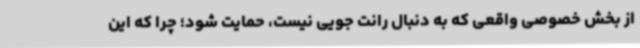
از بخش خصوصی واقعی که به دنبال رانت جویی نیست، حمایت شود؛ چرا که این